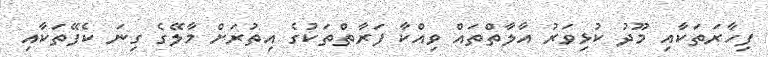
ފިހާރަތަކާއި މޫދު ކުޅިވަރު އާލާތްތައް ވިއްކާ ފަރާތްތަކުގެ އިތުުރަށް މާލޭގެ ގިނަ ކެފޭތަކާއި